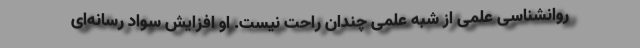
روانشناسی علمی از شبه علمی چندان راحت نیست. او افزایش سواد رسانه‌ای